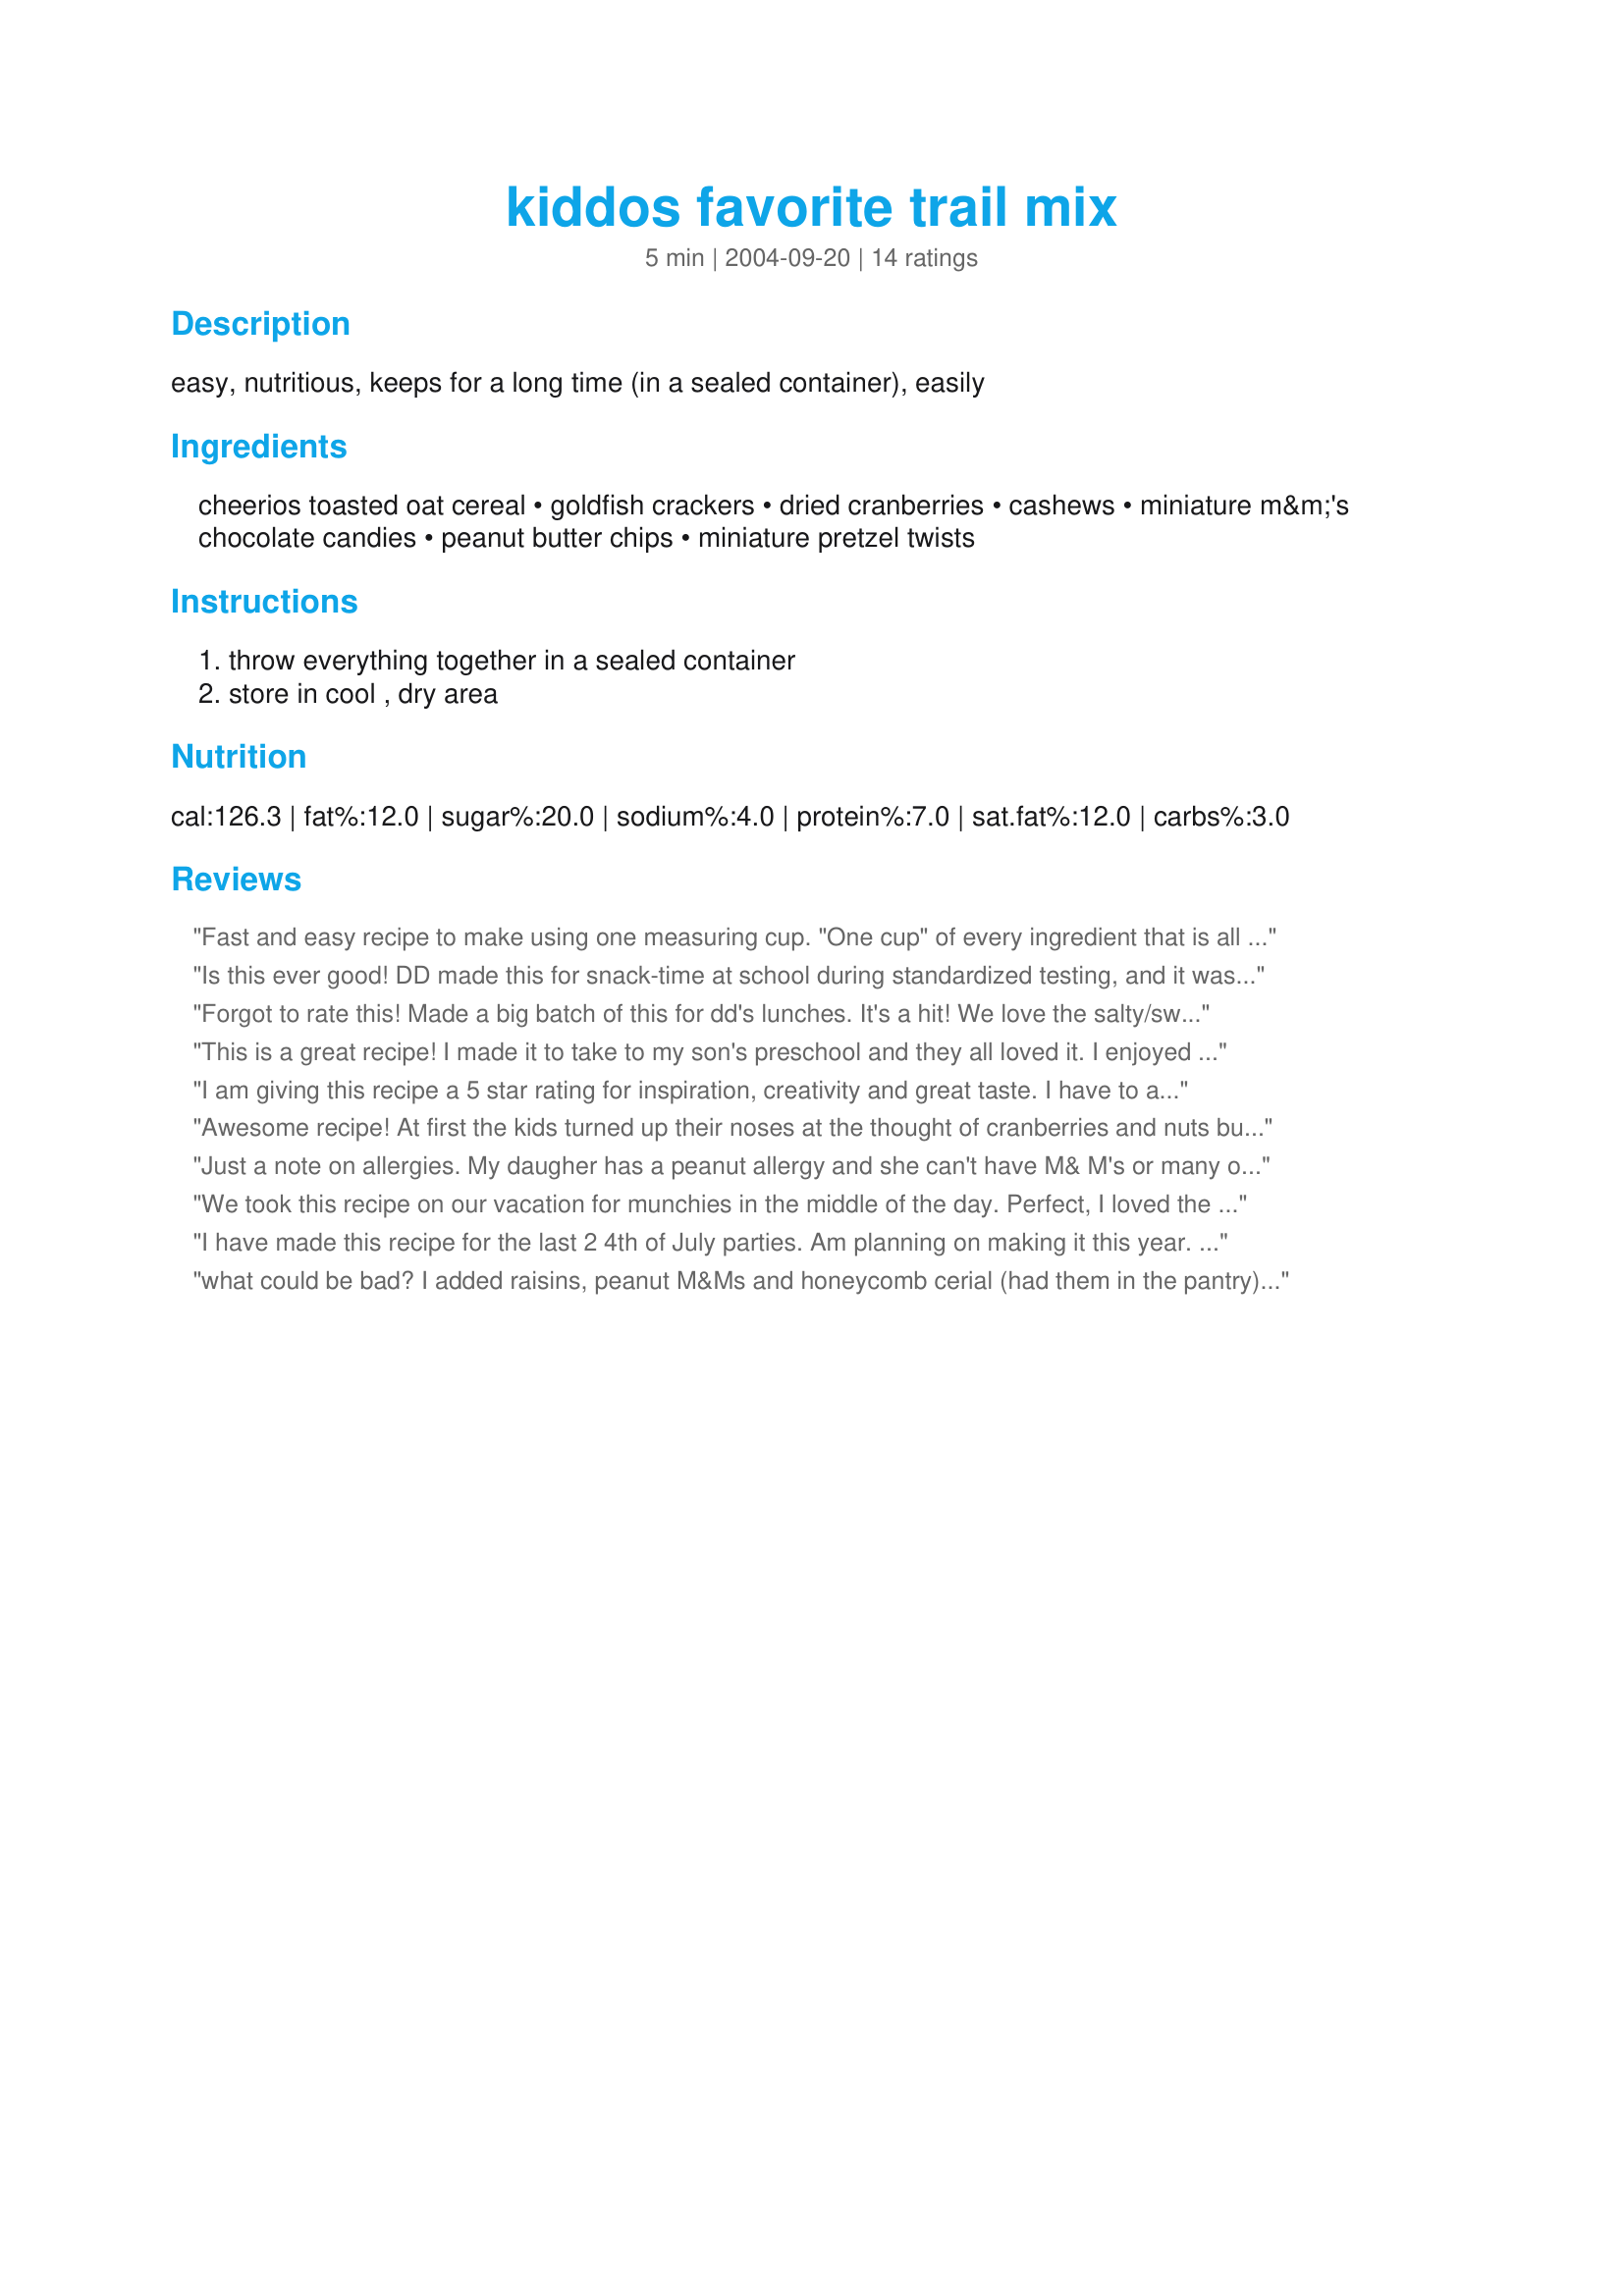
kiddos favorite trail mix
Preparation time: 5 minutes

easy, nutritious, keeps for a long time (in a sealed container), easily

Ingredients:
cheerios toasted oat cereal, goldfish crackers, dried cranberries, cashews, miniature m&m's chocolate candies, peanut butter chips, miniature pretzel twists

Steps:
throw everything together in a sealed container, store in cool , dry area

Reviews:
Fast and easy recipe to make using one measuring cup. "One cup" of every ingredient that is all you have to remember, so it could not be any easier. I filled up the Dixie cups and the kids headed for the outdoors to have their snack and play. Thank you PH Mama! 

Is this ever good! DD made this for snack-time at school during standardized testing, and it was a big hit among the teenagers. The only exception she made was to use regular craisins instead of flavored. Since then, we've made many versions of this for snacking at home. We just open up boxes and bags and start mixing! Thanks for the great recipe and for springboarding our creativity!
Forgot to rate this! Made a big batch of this for dd's lunches. It's a hit! We love the salty/sweek combination. I pack her lunch and throw a handful in a baggie and we are off. DD thinks she's getting a decandent dessert and I know she's getting something healthier.
This is a great recipe! I made it to take to my son's preschool and they all loved it. I enjoyed it, too. I don't usually eat trail mix as a... whole, I guess you would say. I pick out the ingredients one at a time and with this I didn't. Really great, kid-friendly recipe. Thanks for sharing! I'm sure I will be using it again.
I am giving this recipe a 5 star rating for inspiration, creativity and great taste. I have to admit that I used some different/additional ingredients. I added mini (bite-size) peanut butter sandwich cookies and used skittles instead of M&Ms (since I was taking it on a camping trip and didn't want it to melt in the hot weather. I also used the colored goldfish crackers which added great color. It was a big hit with the kids and adults alike. Thanks for posting! I know I will make this again.
Awesome recipe! At first the kids turned up their noses at the thought of cranberries and nuts but we pushed on. They had a blast making it. They actually ate the cranberries and nuts and loved it. They polished off the whole batch and asked to make more. Thank you!
Just a note on allergies. My daugher has a peanut allergy and she can't have M& M's or many other snack foods b/c they are processed in a plant w/peanuts and may contain traces. Be careful when taking to a preschool as mentioned the allergies are life threatening.
We took this recipe on our vacation for munchies in the middle of the day. Perfect, I loved the combo of flavors and the ease of preparation. Thank you for posting.
I have made this recipe for the last 2 4th of July parties. Am planning on making it this year. It is wonderful - pleasing to kids and adults. The kids love it because I set out plastic cups and they scoop and go. They can snack on it all day long and not consume a bunch of other junk! I always make extra because we like it so much! You can't go wrong with this snack
what could be bad? I added raisins, peanut M&Ms and honeycomb cerial (had them in the pantry) left out the chips. Kids and I loved it. It made a great car trip snack.
Next time I will double (at least) the amount of Cheerios, cheese crackers and pretzels. As written it was too sweet and candy filled for an everyday snack. It was a big hit!
Took this with us camping and the kids really enjoyed it. Used honey nut cheerios, regular m&m's, plain goldfish, peanut butter chips, cherry craisins, mini pretzel twists and omitted the nuts.
I made this for our children's sermon at church, placing each premeasured ingredient in baggies for the children to add into a large bowl. We then mixed it all up and shared it with everyone. The only complaint I heard was that there wasn't quite enough to go around! The only thing I changed was I used raisins instead of cranberries and I used 1/2 cup butterscotch chips and 1/2 cup salted caramel chips so that each child would have something to add.
This is such an easy and beautiful idea! Thanks alot for posting:)
